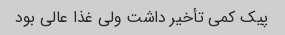
پیک کمی تأخیر داشت ولی غذا عالی بود